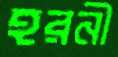
হরনী